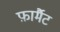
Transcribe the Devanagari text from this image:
फ़ार्मैट